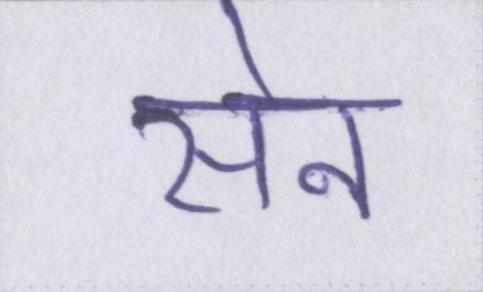
सेन